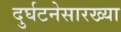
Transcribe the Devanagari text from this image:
दुर्घटनेसारख्या